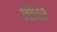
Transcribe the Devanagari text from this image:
विधिसे